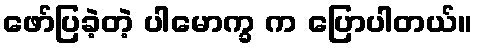
ဖော်ပြခဲ့တဲ့ ပါမောက္ခ က ပြောပါတယ်။